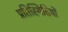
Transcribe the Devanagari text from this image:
प्रतिस्थितियों